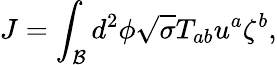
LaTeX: J=\int_{\mathcal{B}}d^{2}\phi\sqrt{\sigma}T_{ab}u^{a}\zeta^{b},